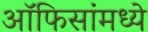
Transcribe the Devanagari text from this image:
ऑफिसांमध्ये